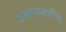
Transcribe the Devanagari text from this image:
हस्तनक्षत्रींचा